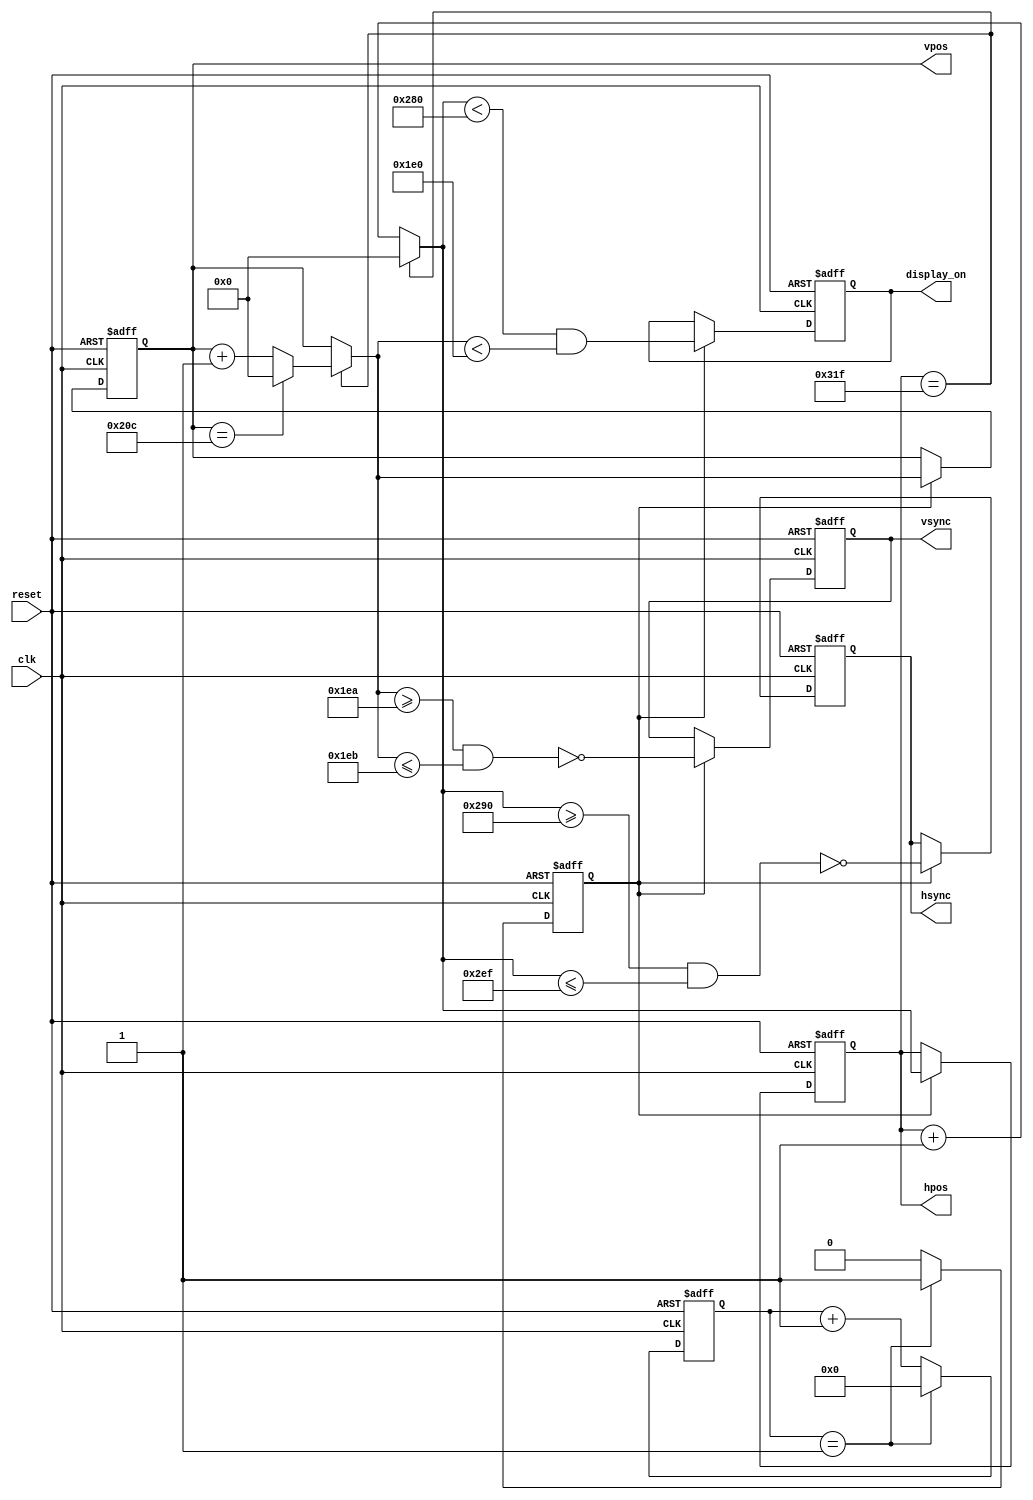
// This program was cloned from: https://github.com/DigitalDesignSchool/ce2020labs
// License: MIT License

module vga
# (
    parameter N_MIXER_PIPE_STAGES = 0,

              HPOS_WIDTH          = 10,
              VPOS_WIDTH          = 10,

              // Horizontal constants

              H_DISPLAY           = 640,  // Horizontal display width
              H_FRONT             =  16,  // Horizontal right border (front porch)
              H_SYNC              =  96,  // Horizontal sync width
              H_BACK              =  48,  // Horizontal left border (back porch)

              // Vertical constants

              V_DISPLAY           = 480,  // Vertical display height
              V_BOTTOM            =  10,  // Vertical bottom border
              V_SYNC              =   2,  // Vertical sync # lines
              V_TOP               =  33,  // Vertical top border
              
              CLK_MHZ             =  50,   // Clock frequency (50 or 100 MHz)
              VGA_CLOCK           =  25   // Pixel clock of VGA in MHz
)
(
    input                         clk,
    input                         reset,
    output reg                    hsync,
    output reg                    vsync,
    output reg                    display_on,
    output reg [HPOS_WIDTH - 1:0] hpos,
    output reg [VPOS_WIDTH - 1:0] vpos
);

    // Derived constants

    localparam H_SYNC_START  = H_DISPLAY    + H_FRONT + N_MIXER_PIPE_STAGES,
               H_SYNC_END    = H_SYNC_START + H_SYNC  - 1,
               H_MAX         = H_SYNC_END   + H_BACK,

               V_SYNC_START  = V_DISPLAY    + V_BOTTOM,
               V_SYNC_END    = V_SYNC_START + V_SYNC  - 1,
               V_MAX         = V_SYNC_END   + V_TOP;

    // Calculating next values of the counters

    reg [HPOS_WIDTH - 1:0] d_hpos;
    reg [VPOS_WIDTH - 1:0] d_vpos;

    always @*
    begin
        if (hpos == H_MAX)
        begin
            d_hpos = 1'd0;

            if (vpos == V_MAX)
                d_vpos = 1'd0;
            else
                d_vpos = vpos + 1'd1;
        end
        else
        begin
          d_hpos = hpos + 1'd1;
          d_vpos = vpos;
        end
    end

    // Enable to divide clock from 50 or 100 MHz to 25 MHz

    reg [3:0] clk_en_cnt;
    reg clk_en;

    always @ (posedge clk or posedge reset) begin
        if (reset) begin
            clk_en_cnt <= 3'b0;
            clk_en <= 1'b0;
        end else begin
            if (clk_en_cnt == (CLK_MHZ/VGA_CLOCK) - 1) begin 
            	clk_en_cnt <= 3'b0;
            	clk_en <= 1'b1;
            end else begin
            	clk_en_cnt <= clk_en_cnt + 1;
            	clk_en <= 1'b0;
            end
        end
    end
    

    // Making all outputs registered

    always @ (posedge clk or posedge reset)
    begin
        if (reset)
        begin
            hsync       <= 1'b0;
            vsync       <= 1'b0;
            display_on  <= 1'b0;
            hpos        <= 1'b0;
            vpos        <= 1'b0;
        end
        else if (clk_en)
        begin
            hsync       <= ~ (    d_hpos >= H_SYNC_START
                               && d_hpos <= H_SYNC_END   );

            vsync       <= ~ (    d_vpos >= V_SYNC_START
                               && d_vpos <= V_SYNC_END   );

            display_on  <=   (    d_hpos <  H_DISPLAY
                               && d_vpos <  V_DISPLAY    );

            hpos        <= d_hpos;
            vpos        <= d_vpos;
        end
    end

endmodule